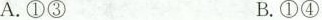
A.①③ B.①④